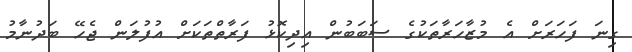
ގިނަ ފަހަރަށް އެ މުޒާހަރާތަކުގެ ސަަބަބުން އިދިކޮޅު ފަރާތްތަކަށް އުފުލަން ޖެހޭ ބަދުނާމު